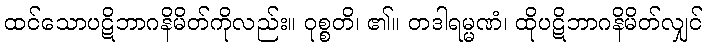
ထင်သောပဋိဘာဂနိမိတ်ကိုလည်း။ ဝုစ္စတိ၊ ၏။ တဒါရမ္မဏံ၊ ထိုပဋိဘာဂနိမိတ်လျှင်